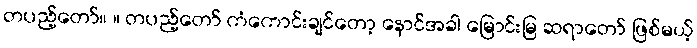
တပည့်တော်။ ။ တပည့်တော် ကံကောင်းချင်တော့ နောင်အခါ မြောင်းမြ ဆရာတော် ဖြစ်မယ့်